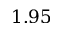
1 . 9 5